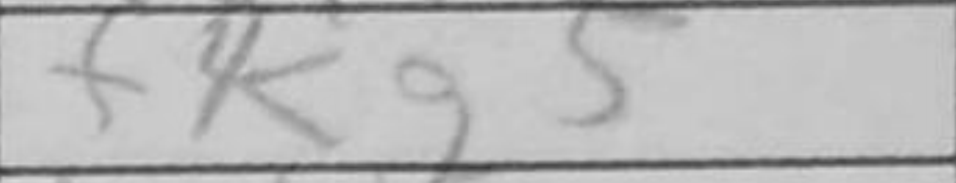
Transcription: Kg5